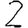
Digit: 2